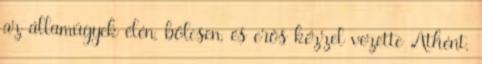
az államügyek élén, bölcsen, és erős kézzel vezette Athént,